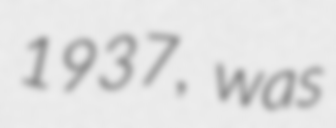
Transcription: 1937, was